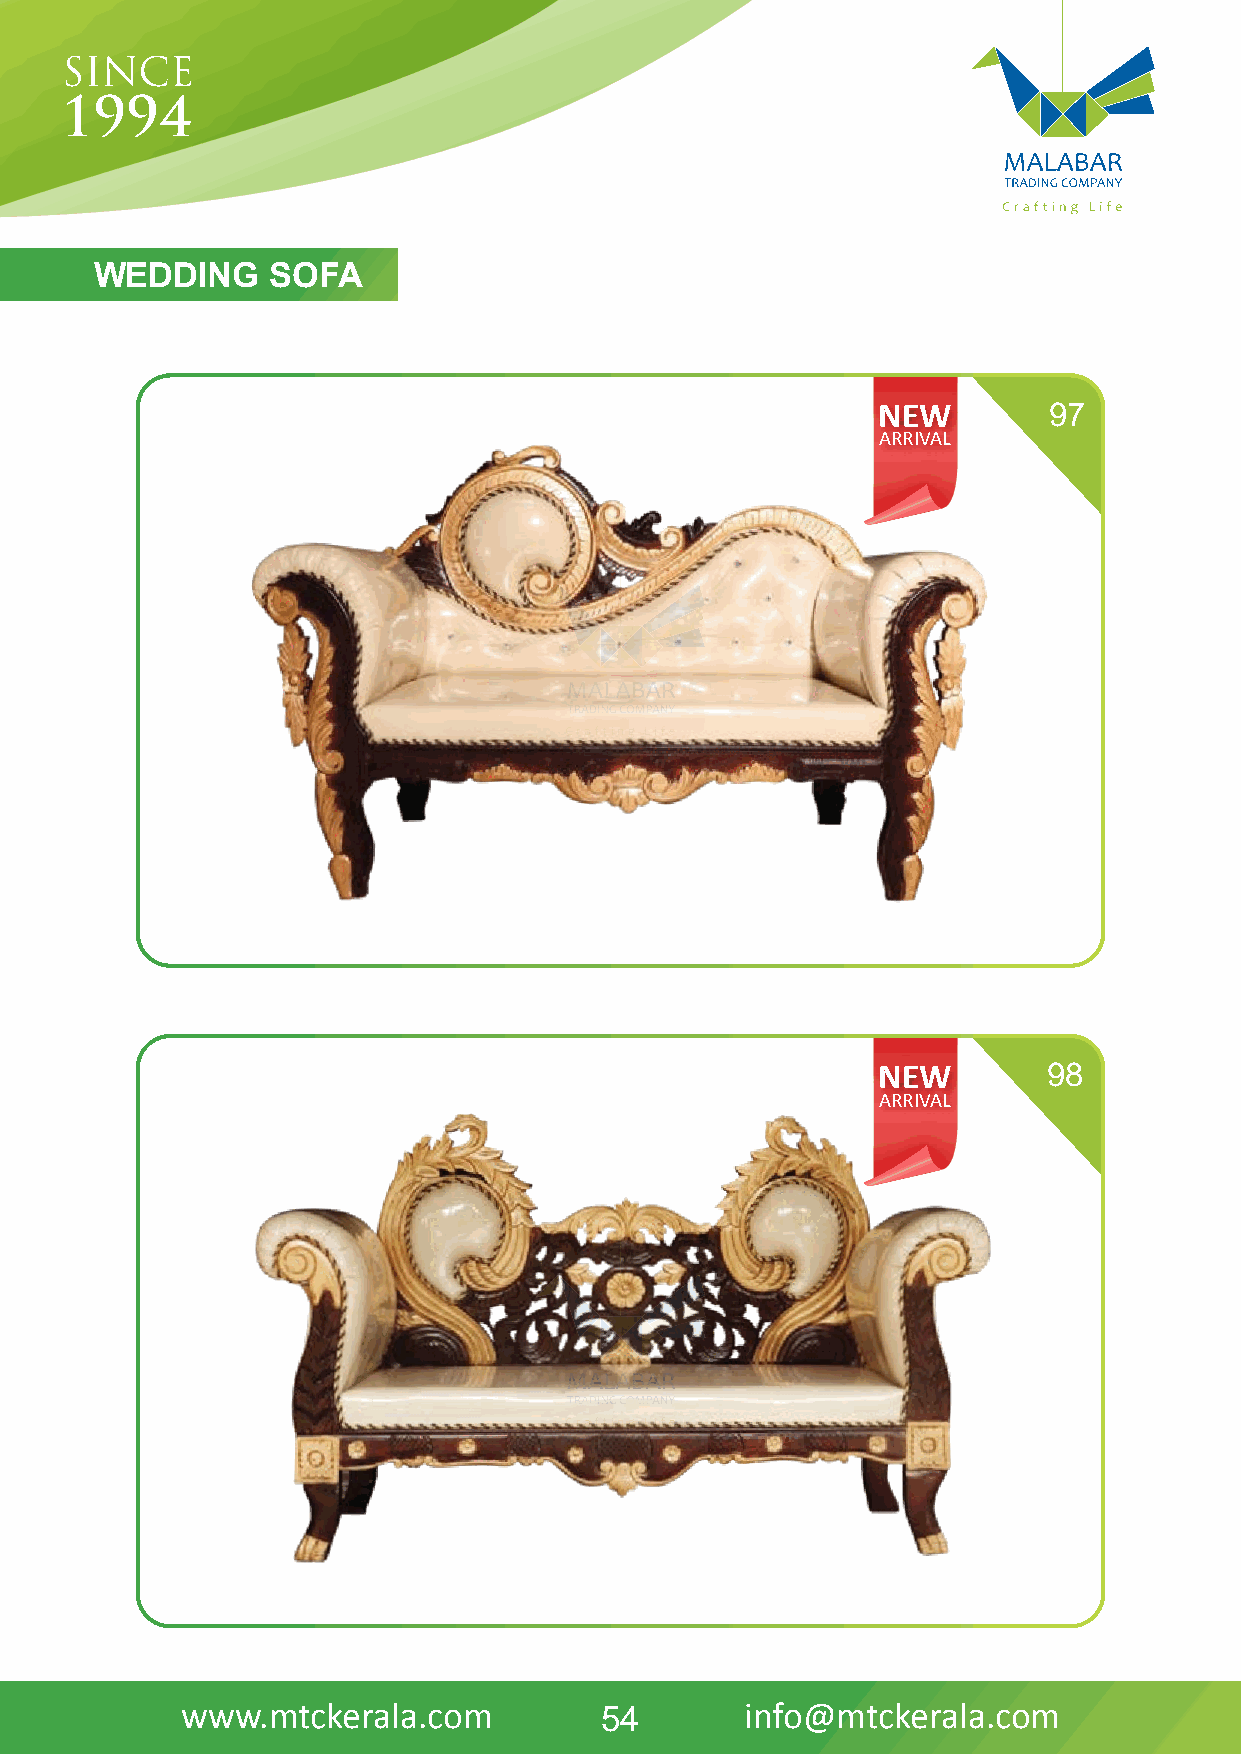
WEDDING     SOFA
 NEW        97
 ARRIVAL
 NEW        98
 ARRIVAL
 www.mtckerala.com           54       info@mtckerala.com